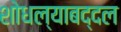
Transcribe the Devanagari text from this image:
शोधल्याबद्दल